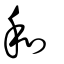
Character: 和